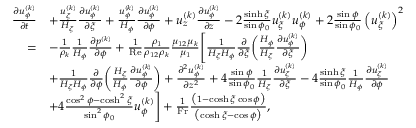
\begin{array} { r } { \begin{array} { r l } { \frac { \partial u _ { \phi } ^ { ( k ) } } { \partial t } } & { + \frac { u _ { \xi } ^ { ( k ) } } { H _ { \xi } } \frac { \partial u _ { \phi } ^ { ( k ) } } { \partial \xi } + \frac { u _ { \phi } ^ { ( k ) } } { H _ { \phi } } \frac { \partial u _ { \phi } ^ { ( k ) } } { \partial \phi } + u _ { z } ^ { ( k ) } \frac { \partial u _ { \phi } ^ { ( k ) } } { \partial z } - 2 \frac { \sinh \xi } { \sin \phi _ { 0 } } u _ { \xi } ^ { ( k ) } u _ { \phi } ^ { ( k ) } + 2 \frac { \sin \phi } { \sin \phi _ { 0 } } \left( u _ { \xi } ^ { ( k ) } \right) ^ { 2 } } \\ { = } & { - \frac { 1 } { \rho _ { k } } \frac { 1 } { H _ { \phi } } \frac { \partial p ^ { ( k ) } } { \partial \phi } + \frac { 1 } { \mathrm { R e } } \frac { \rho _ { 1 } } { \rho _ { 1 2 } \rho _ { k } } \frac { \mu _ { 1 2 } \mu _ { k } } { \mu _ { 1 } } \Biggl [ \frac { 1 } { H _ { \xi } H _ { \phi } } \frac { \partial } { \partial \xi } \biggl ( \frac { H _ { \phi } } { H _ { \xi } } \frac { \partial u _ { \phi } ^ { ( k ) } } { \partial \xi } \biggr ) } \\ & { + \frac { 1 } { H _ { \xi } H _ { \phi } } \frac { \partial } { \partial \phi } \biggl ( \frac { H _ { \xi } } { H _ { \phi } } \frac { \partial u _ { \phi } ^ { ( k ) } } { \partial \phi } \biggr ) + \frac { \partial ^ { 2 } u _ { \phi } ^ { ( k ) } } { \partial z ^ { 2 } } + 4 \frac { \sin \phi } { \sin \phi _ { 0 } } \frac { 1 } { H _ { \xi } } \frac { \partial u _ { \xi } ^ { ( k ) } } { \partial \xi } - 4 \frac { \sinh \xi } { \sin \phi _ { 0 } } \frac { 1 } { H _ { \phi } } \frac { \partial u _ { \xi } ^ { ( k ) } } { \partial \phi } } \\ & { + 4 \frac { \cos ^ { 2 } \phi - \cosh ^ { 2 } \xi } { \sin ^ { 2 } \phi _ { 0 } } u _ { \phi } ^ { ( k ) } \Biggr ] + \frac { 1 } { \mathrm { F r } } \frac { \bigl ( 1 - \cosh \xi \cos \phi \bigr ) } { \bigl ( \cosh \xi - \cos \phi \bigr ) } , } \end{array} } \end{array}